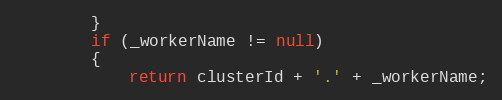
Language: Java
        }
        if (_workerName != null)
        {
            return clusterId + '.' + _workerName;